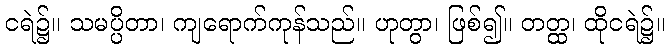
ငရဲ၌။ သမပ္ပိတာ၊ ကျရောက်ကုန်သည်။ ဟုတွာ၊ ဖြစ်၍။ တတ္ထ၊ ထိုငရဲ၌။